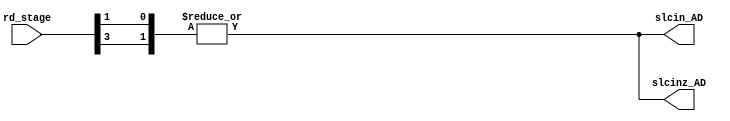
module control_ADeriv(
         rd_stage,slcin_AD,slcinz_AD);
  input [3:0] rd_stage;
  output slcin_AD,slcinz_AD;
  //below are the signal comninational logic
  //any unlisted conditions are considered as dont care 
  //combinational logic are calculated manually using karnaugh map
  //slcin_AD > 0 if rd_stage=5 ; 1 if rd_stage=6,9
  assign slcin_AD = |{rd_stage[1],rd_stage[3]};
  //slcinz_AD > 0 if rd_stage=5 ; 1 if rd_stage=6,9
  assign slcinz_AD = |{rd_stage[1],rd_stage[3]};
endmodule